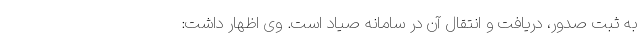
به ثبت صدور، دریافت و انتقال آن در سامانه صیاد است. وی اظهار داشت: